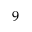
^ { 9 }